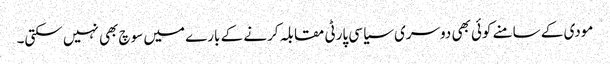
مودی کے سامنے کوئی بھی دوسری سیاسی پارٹی مقابلہ کرنے کے بارے میں سوچ بھی نہیں سکتی۔